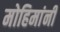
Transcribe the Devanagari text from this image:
मोहिमांनी